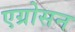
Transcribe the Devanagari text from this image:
एग्रोसन